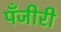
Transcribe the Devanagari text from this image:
पँजीरी